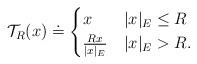
LaTeX: \begin{align*} \mathcal{T}_R(x) \doteq\begin{cases}x & |x|_E \leq R \\\frac{Rx}{|x|_E} & |x|_E>R.\end{cases}\end{align*}